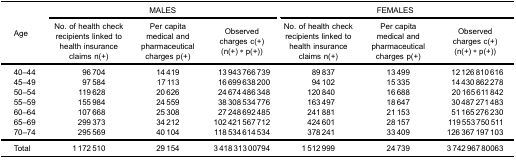
| <ROWSPAN=3> Age | <COLSPAN=3> MALES | <COLSPAN=3> FEMALES |
 | No. of health checkrecipients linked tohealth insuranceclaims n(+) | Per capitamedical andpharmaceuticalcharges p(+) | Observedcharges c(+)(n(+) * p(+)) | No. of health checkrecipients linked tohealth insuranceclaims n(+) | Per capitamedical andpharmaceuticalcharges p(+) | Observedcharges c(+)(n(+) * p(+)) |
 | --- | --- | --- | --- | --- | --- | --- |
 | 40–44 | 96 704 | 14 419 | 13 943 766 739 | 89 837 | 13 499 | 12 126 810 616 |
 | 45–49 | 97 584 | 17 113 | 16 699 638 200 | 94 102 | 15 335 | 14 430 862 278 |
 | 50–54 | 119 628 | 20 626 | 24 674 486 348 | 120 840 | 16 688 | 20 165 611 842 |
 | 55–59 | 155 984 | 24 559 | 38 308 534 776 | 163 497 | 18 647 | 30 487 271 483 |
 | 60–64 | 107 668 | 25 308 | 27 248 692 485 | 241 881 | 21 153 | 51 165 276 230 |
 | 65–69 | 299 373 | 34 212 | 102 421 567 712 | 424 601 | 28 157 | 119 553 750 511 |
 | 70–74 | 295 569 | 40 104 | 118 534 614 534 | 378 241 | 33 409 | 126 367 197 103 |
 | Total | 1 172 510 | 29 154 | 3 418 313 00794 | 1 512 999 | 24 739 | 3 742 967 80063 |